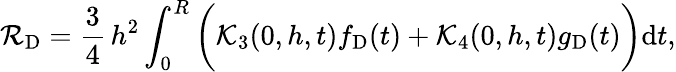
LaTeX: \mathcal{R}_{\mathrm{D}}=\frac{3}{4}\, h^{2}\int_{0}^{R}\bigg(\mathcal{K}_{3}(0,h,t)f_{\mathrm{D}}(t)+\mathcal{K}_{4}(0,h,t)g_{\mathrm{D}}(t)\bigg)\mathrm{d}t,